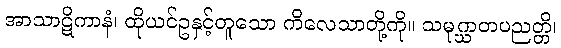
အာသာဋိကာနံ၊ ထိုယင်ဥနှင့်တူသော ကိလေသာတို့ကို။ သမုဂ္ဃာတပညတ္တိ၊